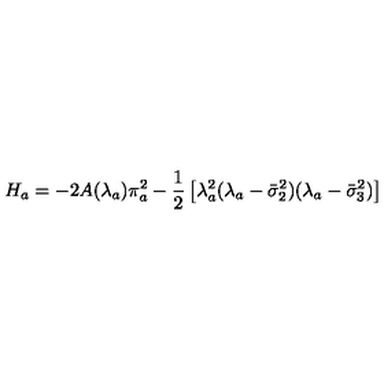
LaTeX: H _ { a } = - 2 A ( \lambda _ { a } ) \pi _ { a } ^ { 2 } - \frac { 1 } { 2 } \left[ \lambda _ { a } ^ { 2 } ( \lambda _ { a } - \bar { \sigma } _ { 2 } ^ { 2 } ) ( \lambda _ { a } - \bar { \sigma } _ { 3 } ^ { 2 } ) \right]